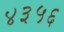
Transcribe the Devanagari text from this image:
४३५६